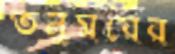
তনুময়ের